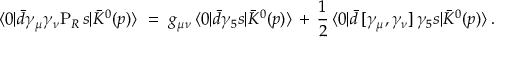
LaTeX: \langle 0 | \bar { d } \gamma _ { \mu } \gamma _ { \nu } \mathrm { P } _ { R } \, s | \bar { K } ^ { 0 } ( p ) \rangle \ = \ g _ { \mu \nu } \, \langle 0 | \bar { d } \gamma _ { 5 } s | \bar { K } ^ { 0 } ( p ) \rangle \, + \, \frac { 1 } { 2 } \, \langle 0 | \bar { d } \, [ \gamma _ { \mu } , \gamma _ { \nu } ] \, \gamma _ { 5 } s | \bar { K } ^ { 0 } ( p ) \rangle \, .